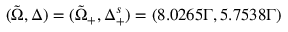
( \tilde { \Omega } , \Delta ) = ( \tilde { \Omega } _ { + } , \Delta _ { + } ^ { s } ) = ( 8 . 0 2 6 5 Γ , 5 . 7 5 3 8 Γ )